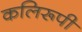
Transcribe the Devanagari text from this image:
कलिरूपी